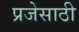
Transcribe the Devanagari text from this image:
प्रजेसाठी